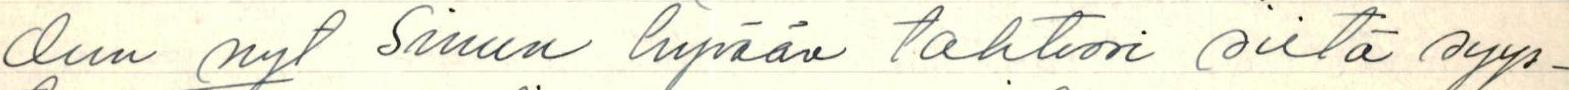
dun nyt Sinun hyvään tahtoosi siitä syys-